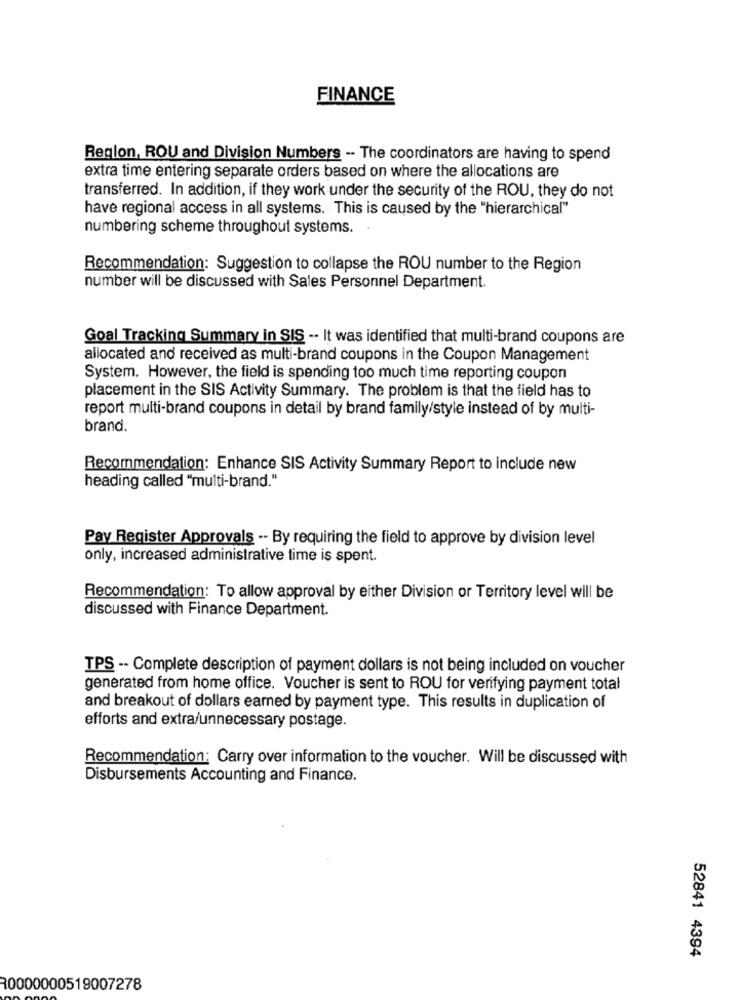
FINANCE
Region, ROU and Division Numbers -- The coordinators are having to spend
extra time entering separate orders based on where the allocations are
transferred. In addition, if they work under the security of the ROU, they do not
have regional access in all systems. This is caused by the "hierarchical"
numbering scheme throughout systems.
Recommendation: Suggestion to collapse the ROU number to the Region
number will be discussed with Sales Personnel Department.
Goal Tracking Summary in SIS -- It was identified that multi-brand coupons are
allocated and received as multi-brand coupons in the Coupon Management
System. However, the field is spending too much time reporting coupon
placement in the SIS Activity Summary. The problem is that the field has to
report multi-brand coupons in detail by brand family/style instead of by multi-
brand.
Recommendation: Enhance SIS Activity Summary Report to include new
heading called "multi-brand."
Pay Register Approvals -- By requiring the field to approve by division level
only, increased administrative time is spent.
Recommendation: To allow approval by either Division or Territory level will be
discussed with Finance Department.
TPS -- Complete description of payment dollars is not being included on voucher
generated from home office. Voucher is sent to ROU for verifying payment total
and breakout of dollars earned by payment type. This results in duplication of
efforts and extra/unnecessary postage.
Recommendation: Carry over information to the voucher. Will be discussed with
Disbursements Accounting and Finance.
52841 4394
30000000519007278